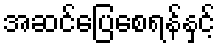
အဆင်ပြေစေရန်နှင့်